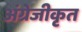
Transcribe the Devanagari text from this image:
अंग्रेजीकृत